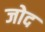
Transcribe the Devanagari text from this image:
जोद